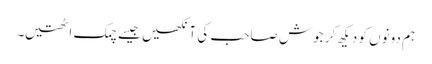
ہم دونوں کو دیکھ کر جوش صاحب کی آنکھیں جیسے چمک اٹھتیں۔